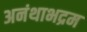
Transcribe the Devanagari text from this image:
अनंथाभद्रम